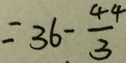
= 3 6 - \frac { 4 4 } { 3 }